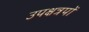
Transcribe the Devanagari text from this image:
उपक्षत्रपों